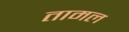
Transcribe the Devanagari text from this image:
तामल